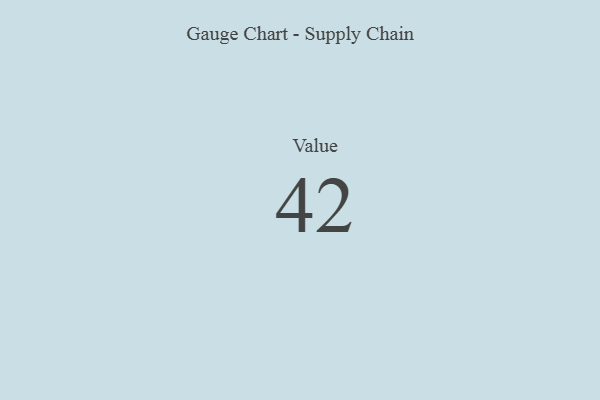
{"axis": {"x": "Metric", "y": "Value"}, "legend": [""], "data": [{"x": "Value", "y": 42, "type": ""}]}